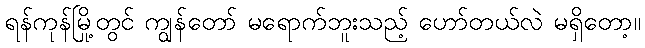
ရန်ကုန်မြို့တွင် ကျွန်တော် မရောက်ဘူးသည့် ဟော်တယ်လဲ မရှိတော့။